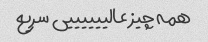
همه چیز عالییییییی سریع